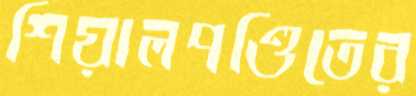
শিয়ালপণ্ডিতের